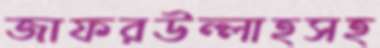
জাফরউল্লাহসহ